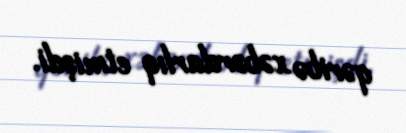
qəribə xəbərdarlıq etmişdi.